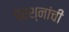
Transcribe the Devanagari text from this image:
प्रश्नांचीं